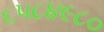
૬૫૮૪૯૮૦